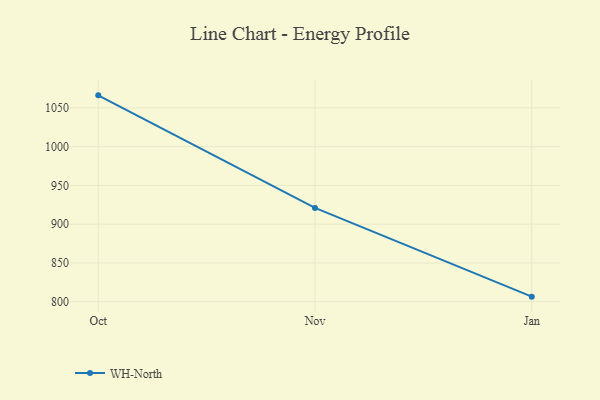
{"axis": {"x": "Month", "y": "Tickets Resolved"}, "legend": ["WH-North"], "data": [{"x": "Oct", "y": 1066.2, "type": "WH-North"}, {"x": "Nov", "y": 921.0, "type": "WH-North"}, {"x": "Jan", "y": 806.5, "type": "WH-North"}]}